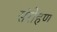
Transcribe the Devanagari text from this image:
संरोहण